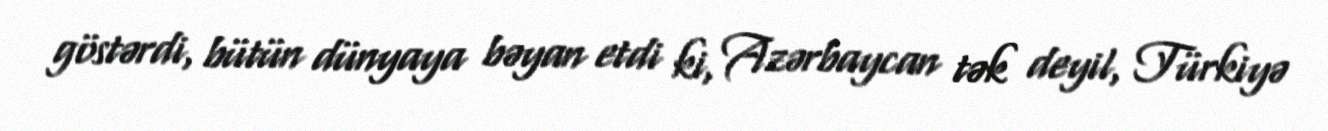
göstərdi, bütün dünyaya bəyan etdi ki, Azərbaycan tək deyil, Türkiyə